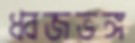
ধ্বজভঙ্গ